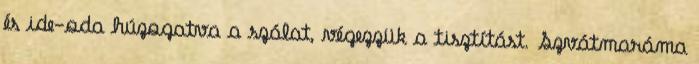
és ide-oda húzogatva a szálat, végezzük a tisztítást. Szvátmaráma